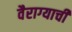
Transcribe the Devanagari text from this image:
वैराग्‍याची